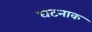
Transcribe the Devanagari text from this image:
घटनाक